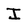
Character: I